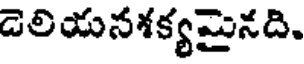
డెలియనశక్యమైనది.